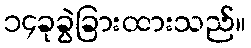
၁၄ခုခွဲခြားထားသည်။